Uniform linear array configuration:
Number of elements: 32
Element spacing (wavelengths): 1
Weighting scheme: uniform
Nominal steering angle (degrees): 0
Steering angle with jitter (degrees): -0.5167
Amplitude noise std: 0.05
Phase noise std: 0.05

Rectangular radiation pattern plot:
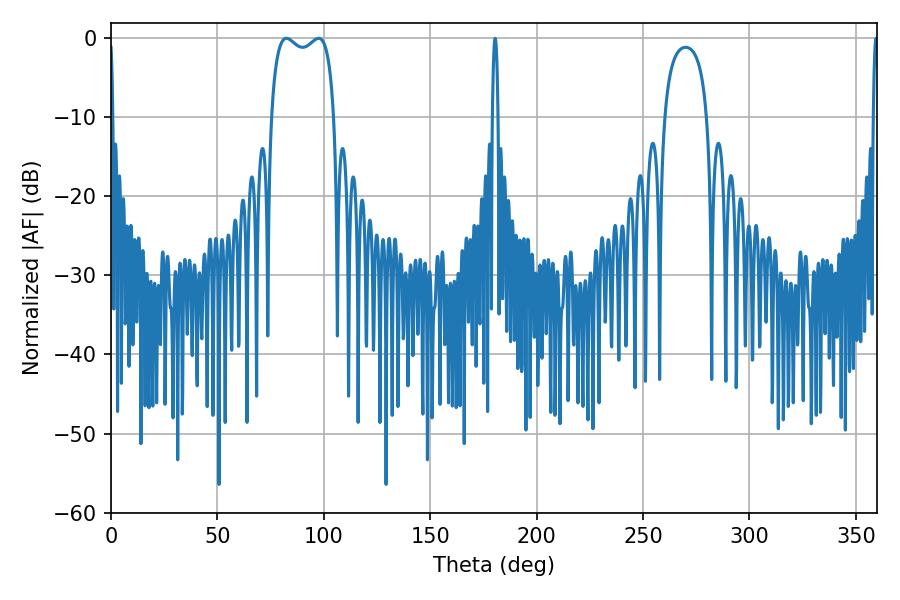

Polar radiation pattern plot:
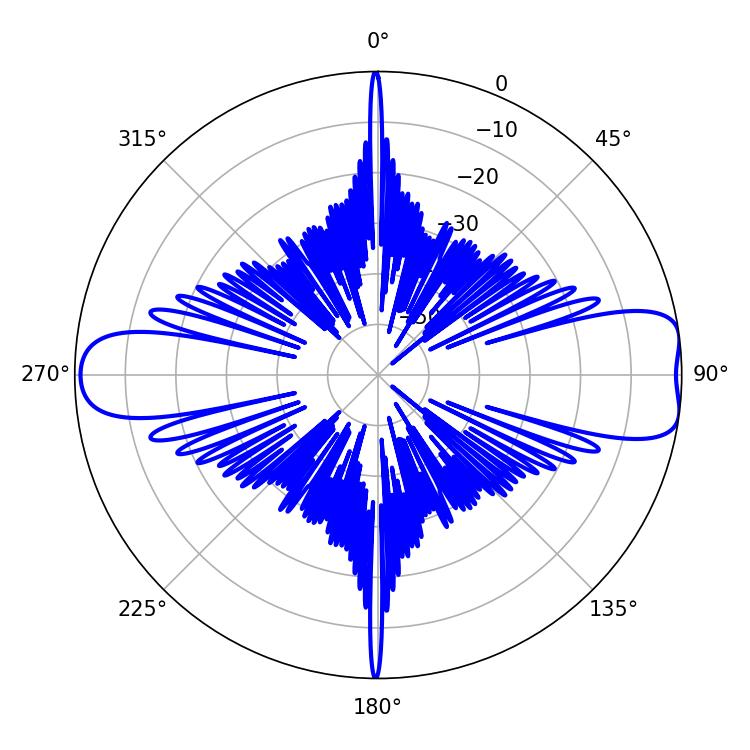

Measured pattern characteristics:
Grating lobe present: TRUE
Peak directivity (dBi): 9.908
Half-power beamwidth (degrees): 24.12
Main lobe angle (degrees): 82.44